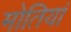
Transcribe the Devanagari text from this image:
मोतियां